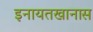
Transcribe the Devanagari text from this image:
इनायतखानास